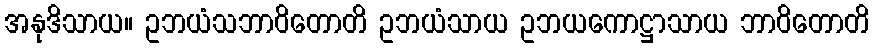
အနုဒိသာယ။ ဥဘယံသဘာဝိတောတိ ဥဘယံသာယ ဥဘယကောဋ္ဌာသာယ ဘာဝိတောတိ